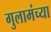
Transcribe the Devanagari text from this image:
गुलामंच्या